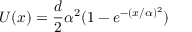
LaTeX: U ( x ) = { \frac { d } { 2 } } \alpha ^ { 2 } ( 1 - e ^ { - ( x / \alpha ) ^ { 2 } } )